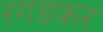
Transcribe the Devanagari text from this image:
रगडकर